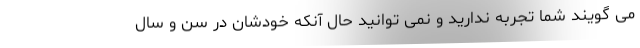
می گویند شما تجربه ندارید و نمی توانید حال آنکه خودشان در سن و سال